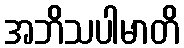
အဘိသပါမာတိ